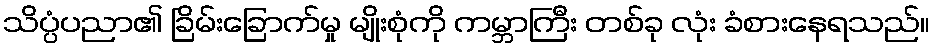
သိပ္ပံပညာ၏ ခြိမ်းခြောက်မှု မျိုးစုံကို ကမ္ဘာကြီး တစ်ခု လုံး ခံစားနေရသည်။